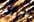
نورث